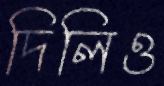
দিলিও